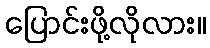
ပြောင်းဖို့လိုလား။